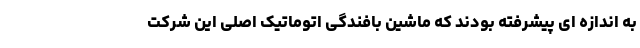
به اندازه ای پیشرفته بودند که ماشین بافندگی اتوماتیک اصلی این شرکت